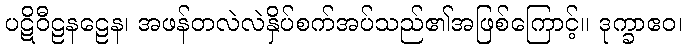
ပဋိဝီဠနဠေန၊ အဖန်တလဲလဲနှိပ်စက်အပ်သည်၏အဖြစ်ကြောင့်။ ဒုက္ခာဧဝ၊